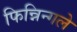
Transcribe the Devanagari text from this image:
फिन्निन्गले